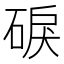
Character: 𥓎